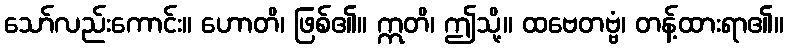
သော်လည်းကောင်း။ ဟောတိ၊ ဖြစ်၏။ ဣတိ၊ ဤသို့။ ထဗေတဗ္ဗံ၊ တန့်ထားရာ၏။